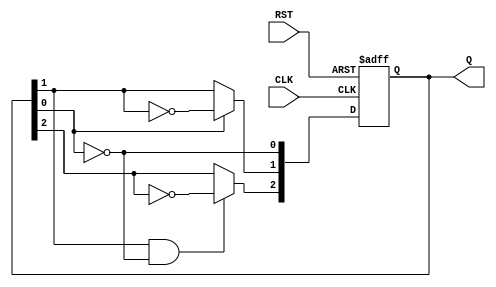
module Async_Binary_Counter (
    input wire CLK,        // Clock Input
    input wire RST,        // Asynchronous Reset
    output reg [n-1:0] Q   // Counter Output
);
    parameter n = 3;      // Number of flip-flops (here n = 3 for counting 0 to 7)

    // Flip-flops for counting
    always @(negedge CLK or posedge RST) begin // Using negedge for T flip-flop behavior
        if (RST) begin
            Q <= 0; // Reset counter to 0
        end else begin
            Q[0] <= ~Q[0]; // Toggle LSB
            Q[1] <= Q[0] ? ~Q[1] : Q[1]; // Toggle next bit on LSB falling edge
            Q[2] <= Q[1] & ~Q[0] ? ~Q[2] : Q[2]; // Toggle MSB on previous bit falling edge
        end
    end
endmodule